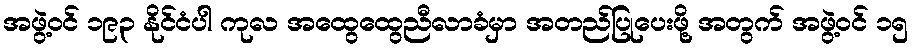
အဖွဲ့ဝင် ၁၉၃ နိုင်ငံပါ ကုလ အထွေထွေညီလာခံမှာ အတည်ပြုပေးဖို့ အတွက် အဖွဲ့ဝင် ၁၅